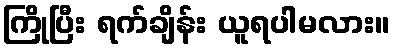
ကြိုပြီး ရက်ချိန်း ယူရပါမလား။